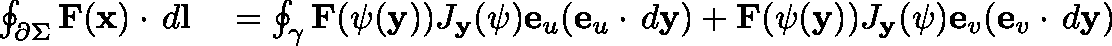
\begin{array} { r l } { \oint _ { \partial \Sigma } { \mathbf { F } ( \mathbf { x } ) \cdot \, d \mathbf { l } } } & { { } = \oint _ { \gamma } { \mathbf { F } ( \mathbf { \psi } ( \mathbf { y } ) ) J _ { \mathbf { y } } ( \mathbf { \psi } ) \mathbf { e } _ { u } ( \mathbf { e } _ { u } \cdot \, d \mathbf { y } ) + \mathbf { F } ( \mathbf { \psi } ( \mathbf { y } ) ) J _ { \mathbf { y } } ( \mathbf { \psi } ) \mathbf { e } _ { v } ( \mathbf { e } _ { v } \cdot \, d \mathbf { y } ) } } \end{array}